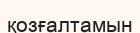
қозғалтамын